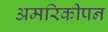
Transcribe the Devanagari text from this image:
अमरिकीपन